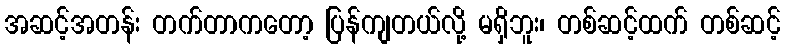
အဆင့်အတန်း တက်တာကတော့ ပြန်ကျတယ်လို့ မရှိဘူး၊ တစ်ဆင့်ထက် တစ်ဆင့်